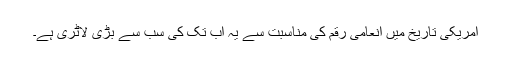
امریکی تاریخ میں انعامی رقم کی مناسبت سے یہ اب تک کی سب سے بڑی لاٹری ہے۔